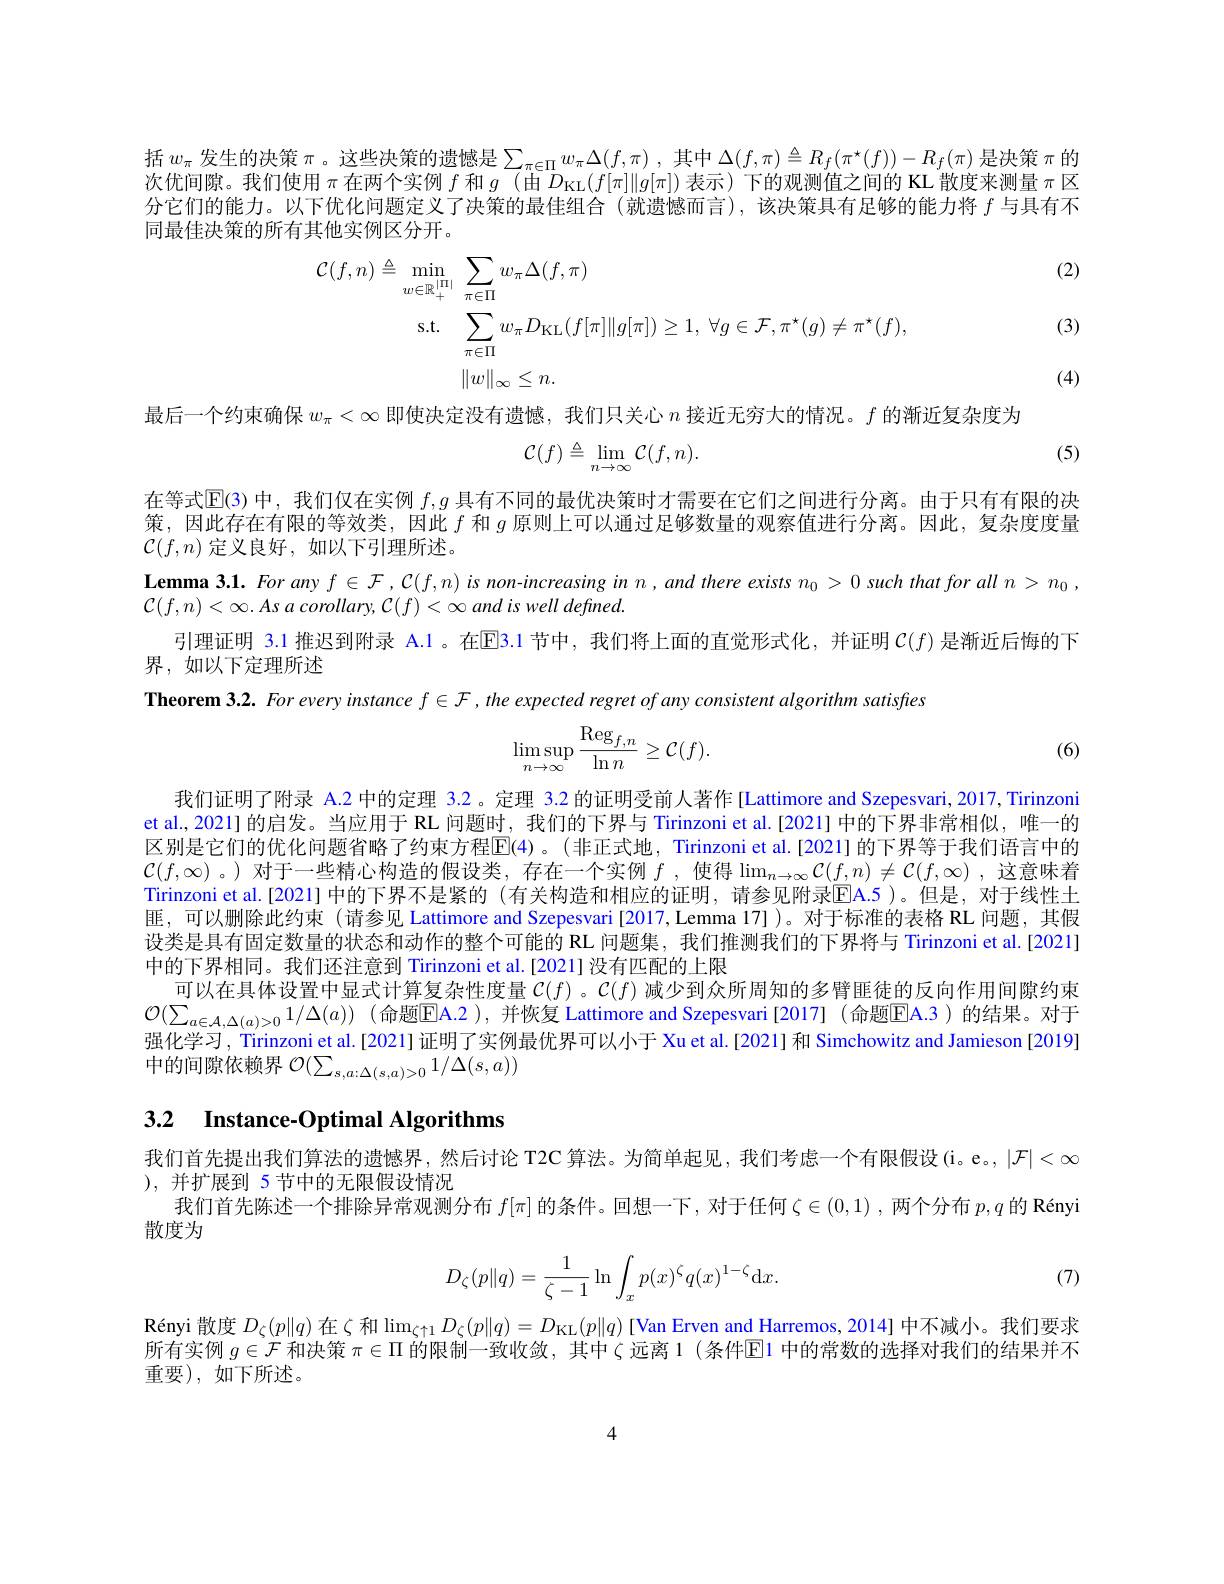
括$w_\pi$发生的决策$\pi$。这些决策的遗憾是$\sum_\pi\in\Pi w_\pi\Delta(f,\pi)$ ,其中$\Delta(f,\pi)\triangleq R_f(\pi^\star(f))-R_f(\pi)$是决策$\pi$的次优间隙。我们使用$\pi$在两个实例$f$和$\bar g$ (由$\bar D_\mathrm{KL}(f[\pi]\|g[\pi])$表示)下的观测值之间的 KL 散度来测量$\pi$区分它们的能力。以下优化问题定义了决策的最佳组合(就遗憾而言),该决策具有足够的能力将$f$与具有不同最佳决策的所有其他实例区分开。

(2)
$$\begin{aligned}\mathcal{C}(f,n)\triangleq&\min_{w\in\mathbb{R}_{+}^{|\Pi|}}\sum_{\pi\in\Pi}w_{\pi}\Delta(f,\pi)\\\mathrm{s.t.}&\sum_{\pi\in\Pi}w_{\pi}D_{\mathrm{KL}}(f[\pi]\|g[\pi])\geq1,\:\forall g\in\mathcal{F},\pi^{\star}(g)\neq\pi^{\star}(f),\\&\|w\|_{\infty}\leq n.\end{aligned}$$
(3)

(4)

最后一个约束确保$w_\pi<\infty$即使决定没有遗憾，我们只关心$n$接近无穷大的情况。$f$的渐近复杂度为

(5)
$$\mathcal{C}(f)\triangleq\lim_{n\to\infty}\mathcal{C}(f,n).$$
在等式$\mathbb{E}(3)$中，我们仅在实例$f,g$具有不同的最优决策时才需要在它们之间进行分离。由于只有有限的决策，因此存在有限的等效类，因此$f$和$g$原则上可以通过足够数量的观察值进行分离。因此，复杂度度量$\mathcal{C}(f,n)$定义良好，如以下引理所述。
$\textbf{Lemma 3. 1. For any }f\in \mathcal{F} , \mathcal{C} ( f, n)$ is non-increasing in $n,and$ there exists $n_0> 0\textit{ such that for all }n> n_0$,
$\mathcal{C} ( f, n) < \infty . As\textit{a corollary, C}( f) < \infty$ and is well defined.
引理证明 3.1 推迟到附录 A.1 。在EE3.1 节中，我们将上面的直觉形式化，并证明 $\mathcal{C}(f)$ 是渐近后悔的下
界，如以下定理所述
Theorem 3.2. For every instance $f\in\mathcal{F},the$ expected regret of any consistent algorithm satisfres
$$\begin{aligned}\lim_{n\to\infty}\sup_{n\to\infty}\frac{\mathrm{Reg}_{f,n}}{\ln n}\geq\mathcal{C}(f).\end{aligned}$$
(6)

我们证明了附录 A.2 中的定理 3.2。定理 3.2 的证明受前人著作 [Lattimore and Szepesvari, 2017, Tirinzoni et al., 2021] 的启发。当应用于 RL 问题时，我们的下界与 Tirinzoni et al.[2021] 中的下界非常相似，唯一的区别是它们的优化问题省略了约束方程$\mathbb{E}(4)$ 。(非正式地，Tirinzoni et al.[2021]的下界等于我们语言中的$\mathcal{C}(f,\infty)$ 。)对于一些精心构造的假设类，存在一个实例 $f$ ,使得$\lim_n\to\infty\mathcal{C}(f,n)\neq\mathcal{C}(f,\infty)$,这意味着Tirinzoni et al.[2021] 中的下界不是紧的 (有关构造和相应的证明，请参见附录$\overline{\mathbb{E}}$A.5 )。但是，对于线性土匪，可以删除此约束 (请参见 Lattimore and Szepesvari[2017,Lemma 17] )。对于标准的表格 RL 问题，其假设类是具有固定数量的状态和动作的整个可能的 RL 问题集，我们推测我们的下界将与 Tirinzoni et al.[2021] 中的下界相同。我们还注意到 Tirinzoni et al.[2021] 没有匹配的上限
可以在具体设置中显式计算复杂性度量$\mathcal{C}(f)$ 。$\mathcal{C}(f)$ 减少到众所周知的多臂匪徒的反向作用间隙约束$\mathcal{O} ( \sum _{a\in \mathcal{A} , \Delta ( a) > 0}1/ \Delta ( a) )$ (命题$\overline{\mathrm{E}}$A.2 ),并恢复 Lattimore and Szepesvari[2017] (命题$\overline{\mathrm{E}}$A.3)的结果。对于强化学习，Tirrinzoni et al.[2021] 证明了实例最优界可以小于 Xu et al.[2021] 和 Simchowitz and Jamieson [2019] 中的间隙依赖界$\mathcal{O}(\sum_s,a:\Delta(s,a)>01/\Delta(s,a))$

# 3.2 Instance-Optimal Algorithms

我们首先提出我们算法的遗憾界，然后讨论 T2C 算法。为简单起见，我们考虑一个有限假设(i。e。, $|\mathcal{F}|<\infty$
),并扩展到 5节中的无限假设情况
我们首先陈述一个排除异常观测分布$f[\pi]$的条件。回想一下，对于任何$\zeta\in(0,1)$ ,两个分布$p,q$的 Rényi
散度为
$$D_\zeta(p\|q)=\frac{1}{\zeta-1}\ln\int_xp(x)^\zeta q(x)^{1-\zeta}\mathrm{d}x.$$
(7)

Rényi 散度 $D_\zeta(p\|q)$ 在$\zeta$ 和$\lim_\zeta\uparrow1D_\zeta(p\|q)=D_{\mathrm{KL}}(p\|q)$ [Van Erven and Harremos, 2014] 中不减小。我们要求所有实例$g\in\mathcal{F}$和决策$\pi\in\Pi$的限制一致收敛，其中$\zeta$远离 1 (条件$\mathbb{E}$1 中的常数的选择对我们的结果并不重要),如下所述。

4